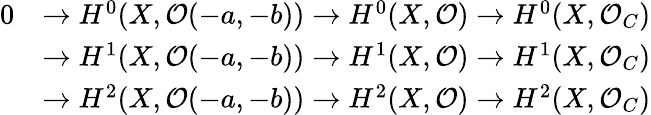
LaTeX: {\begin{array}{rl}{0}&{\to H^{0}(X,{\mathcal{O}}(-a,-b))\to H^{0}(X,{\mathcal{O}})\to H^{0}(X,{\mathcal{O}}_{C})}\\ &{\to H^{1}(X,{\mathcal{O}}(-a,-b))\to H^{1}(X,{\mathcal{O}})\to H^{1}(X,{\mathcal{O}}_{C})}\\ &{\to H^{2}(X,{\mathcal{O}}(-a,-b))\to H^{2}(X,{\mathcal{O}})\to H^{2}(X,{\mathcal{O}}_{C})}\end{array}}